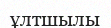
ұлтшылы